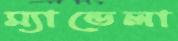
ম্যান্ডেলা